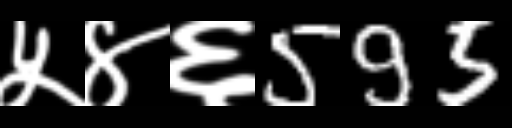
Text: ५४६595